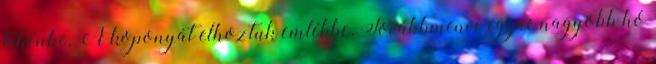
tehénbe. A koponyát elhoztuk emlékbe. Továbbmenve egyre nagyobb hó